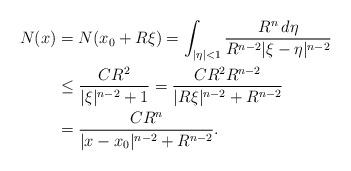
LaTeX: \begin{align*} N(x)&=N(x_0 +R\xi)=\int_{|\eta|<1} \frac{R^n \,d\eta}{R^{n-2} |\xi-\eta|^{n-2}}\\ &\leq \frac{CR^2}{|\xi|^{n-2}+1}=\frac{CR^2R^{n-2}}{|R\xi|^{n-2} +R^{n-2}}\\ &=\frac{CR^n}{|x-x_0|^{n-2}+R^{n-2}}. \end{align*}